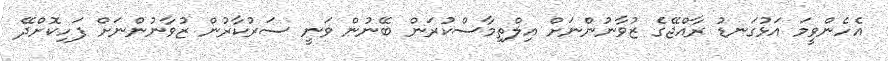
އެހެންވީމަ އަޅުގަނޑު ރާއްޖޭގެ ޒުވާނުންނަށް އިލްތިމާސްކުރަން ބޭނުން ވަނީ ސަރުކާރުން ޒުވާނުންނަށް ފަހިކޮށްދޭ